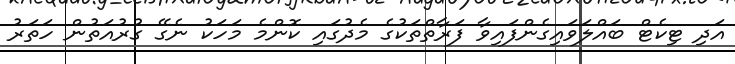
އަދި ޓިކެޓް ބައްލަވައިގެންފައިވާ ފަރާތްތަކުގެ މެދުގައި ކޮންމެ މަހަކު ނެގޭ ގުރުއަތުން ހަތަރު